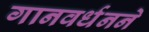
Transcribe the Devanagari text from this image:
गानवर्धनने